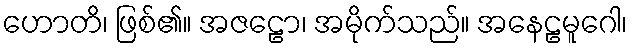
ဟောတိ၊ ဖြစ်၏။ အဇဠော၊ အမိုက်သည်။ အနေဠမူဂေါ၊